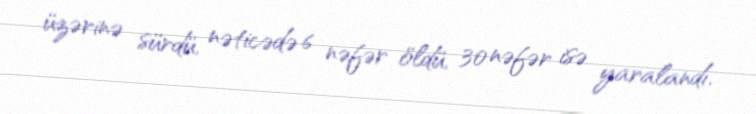
üzərinə sürdü, nəticədə 6 nəfər öldü, 30 nəfər isə yaralandı.